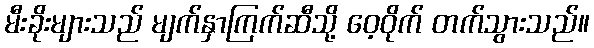
မီးခိုးများသည် မျက်နှာကြက်ဆီသို့ ဝေ့ဝိုက် တက်သွားသည်။